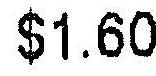
$1.60